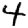
Digit: 4